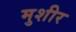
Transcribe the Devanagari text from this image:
मुशीर